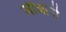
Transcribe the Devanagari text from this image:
जीओपी